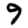
Digit: 9